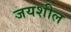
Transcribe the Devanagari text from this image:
जयशील